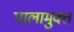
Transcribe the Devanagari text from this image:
पालामुक्त